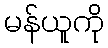
မန်ယူကို